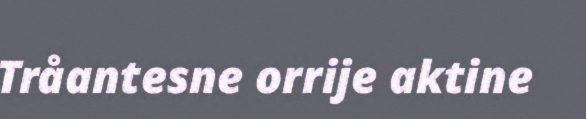
Tråantesne orrije aktine